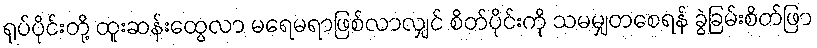
ရုပ်ပိုင်းတို့ ထူးဆန်းထွေလာ မရေမရာဖြစ်လာလျှင် စိတ်ပိုင်းကို သမမျှတစေရန် ခွဲခြမ်းစိတ်ဖြာ